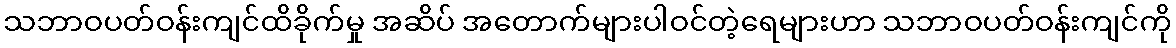
သဘာဝပတ်ဝန်းကျင်ထိခိုက်မှု အဆိပ် အတောက်များပါဝင်တဲ့ရေများဟာ သဘာဝပတ်ဝန်းကျင်ကို